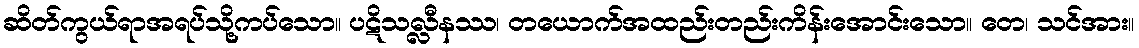
ဆိတ်ကွယ်ရာအရပ်သို့ကပ်သော။ ပဋိသလ္လီနဿ၊ တယောက်အထည်းတည်းကိန်းအောင်းသော။ တေ၊ သင်အား။